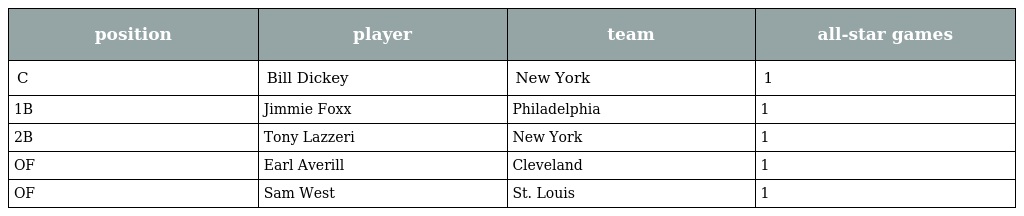
| position | player | team | all-star games |
 | --- | --- | --- | --- |
 | C | Bill Dickey | New York | 1 |
 | 1B | Jimmie Foxx | Philadelphia | 1 |
 | 2B | Tony Lazzeri | New York | 1 |
 | OF | Earl Averill | Cleveland | 1 |
 | OF | Sam West | St. Louis | 1 |